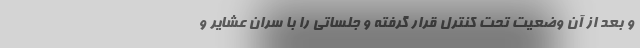
و بعد از آن وضعیت تحت کنترل قرار گرفته و جلساتی را با سران عشایر و